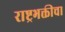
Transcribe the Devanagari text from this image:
राष्ट्रभक्तीचा